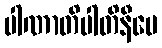
ပါဏာတိပါတိနီပေ